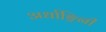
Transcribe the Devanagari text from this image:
अर्धाङ्गिनी